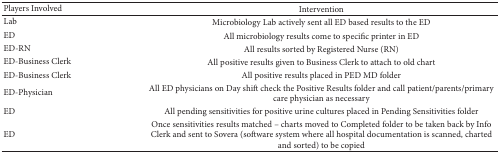
<table><thead><tr><td><b>Players Involved</b></td><td><b>Intervention</b></td></tr></thead><tbody><tr><td>Lab</td><td>Microbiology Lab actively sent all ED based results to the ED</td></tr><tr><td>ED</td><td>All microbiology results come to specific printer in ED</td></tr><tr><td>ED-RN</td><td>All results sorted by Registered Nurse (RN)</td></tr><tr><td>ED-Business Clerk</td><td>All positive results given to Business Clerk to attach to old chart</td></tr><tr><td>ED-Business Clerk</td><td>All positive results placed in PED MD folder</td></tr><tr><td>ED-Physician</td><td>All ED physicians on Day shift check the Positive Results folder and call patient/parents/primary care physician as necessary</td></tr><tr><td>ED</td><td>All pending sensitivities for positive urine cultures placed in Pending Sensitivities folder</td></tr><tr><td>ED</td><td>Once sensitivities results matched – charts moved to Completed folder to be taken back by Info Clerk and sent to Sovera (software system where all hospital documentation is scanned, charted and sorted) to be copied</td></tr></tbody></table>